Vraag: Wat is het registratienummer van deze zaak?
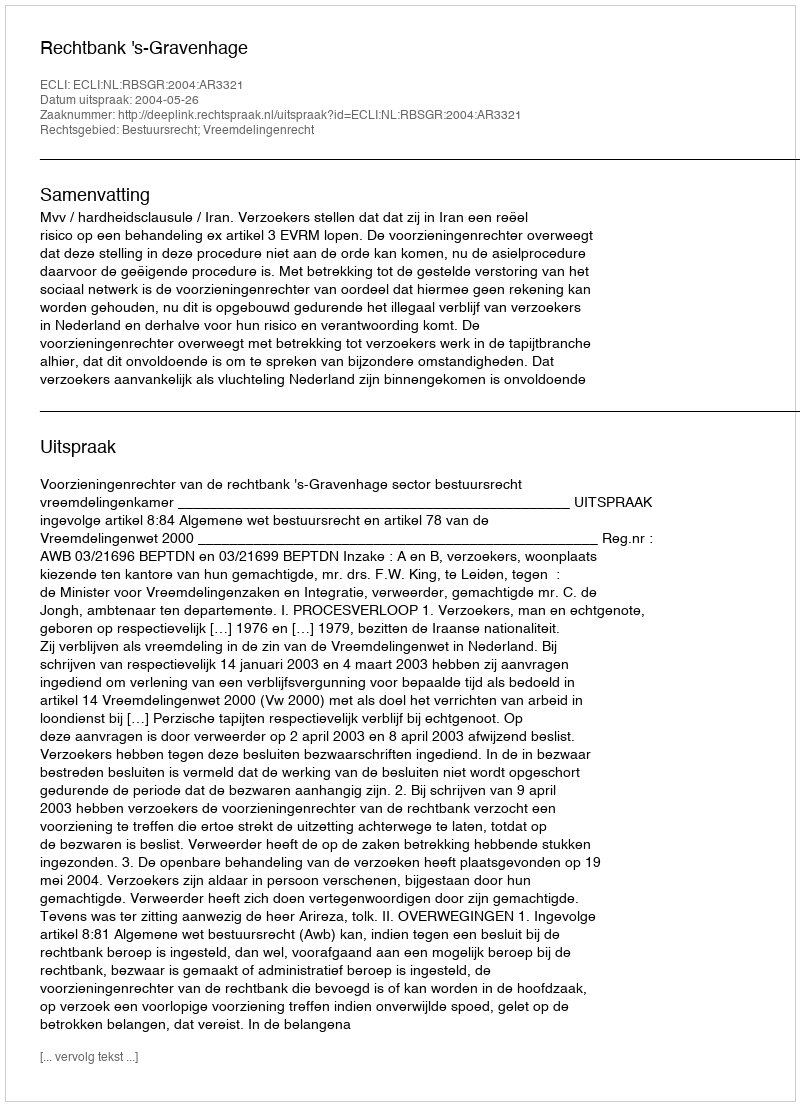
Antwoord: http://deeplink.rechtspraak.nl/uitspraak?id=ECLI:NL:RBSGR:2004:AR3321